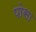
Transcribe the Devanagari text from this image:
पोसा